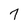
Character: 7